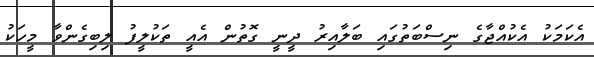
އެކަމަކު އެކުއްޖާގެ ނިސްބަތުގައި ބަލާއިރު ދީނީ ގޮތުން އެއީ ތަކުލީފު ލިބިގެންވާ މީހަކު